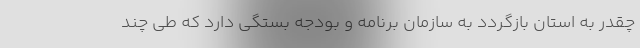
چقدر به استان بازگردد به سازمان برنامه و بودجه بستگی دارد که طی چند